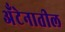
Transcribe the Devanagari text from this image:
अँटेनातील